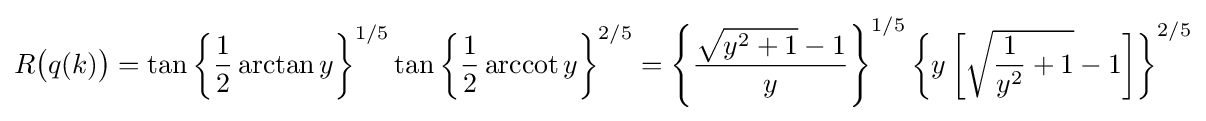
R{\big (}q(k){\big )}=\tan {\biggl \{}{\frac {1}{2}}\arctan y{\biggr \}}^{1/5}\tan {\biggl \{}{\frac {1}{2}}\operatorname {arccot} y{\biggr \}}^{2/5}=\left\{{\frac {{\sqrt {y^{2}+1}}-1}{y}}\right\}^{1/5}\left\{y\left[{\sqrt {{\frac {1}{y^{2}}}+1}}-1\right]\right\}^{2/5}